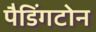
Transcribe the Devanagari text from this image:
पैडिंगटोन